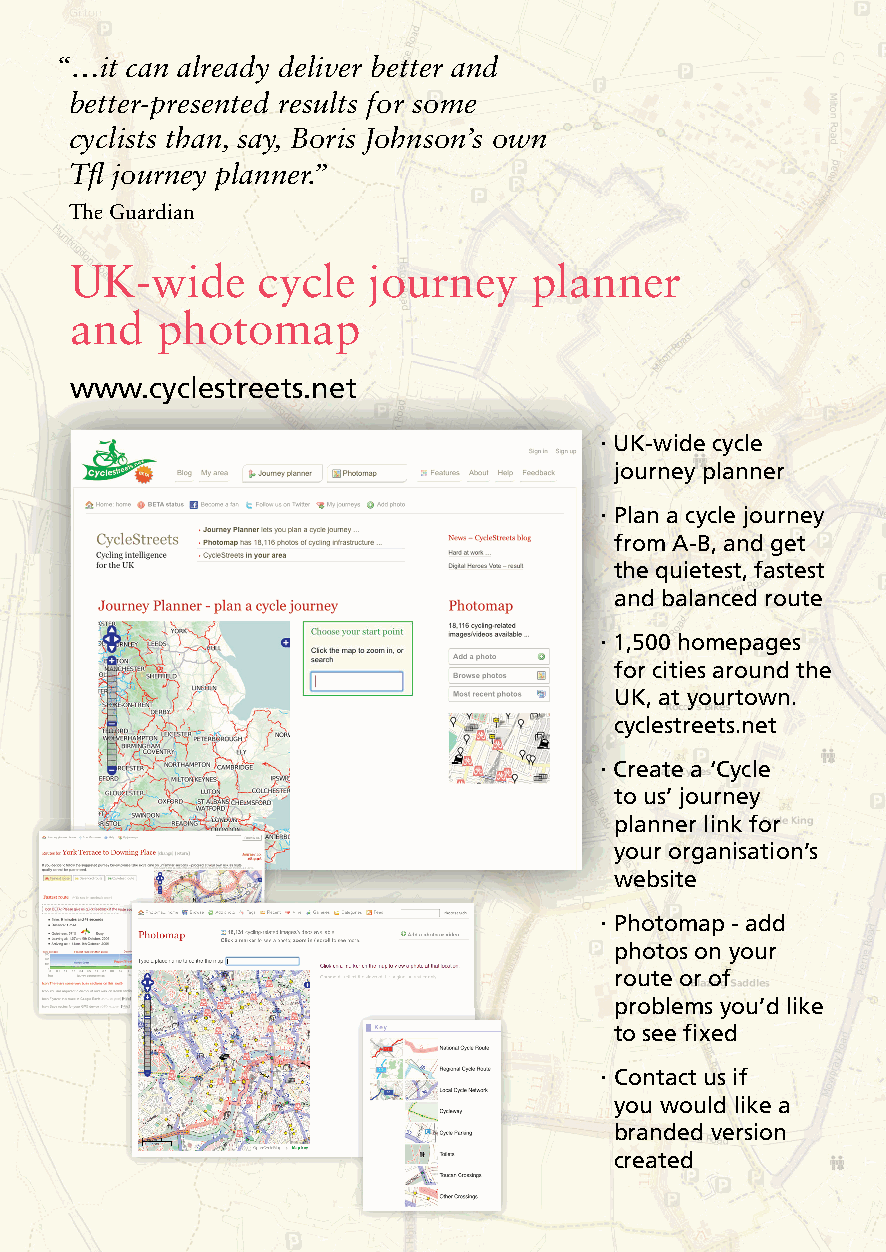
“ …it can already deliver better and
 better-presented results for some
 cyclists than, say, Boris Johnson’s own
 Tfl journey planner.”
 The Guardian
 UK-wide     cycle  journey    planner
 and  photomap
 www.cyclestreets.net
 .
 UK-wide cycle
 journey planner
 .
 Plan a cycle journey
 from A-B, and get
 the quietest, fastest
 and balanced route
 .
 1,500 homepages
 for cities around the
 UK, at yourtown.
 cyclestreets.net
 .
 Create a ‘Cycle
 to us’ journey
 planner link for
 your organisation’s
 website
 .
 Photomap - add
 photos on your
 route or of
 problems you’d like
 to see fi xed
 .
 Contact us if
 you would like a
 branded version
 created